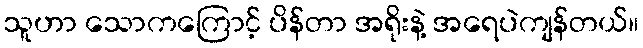
သူဟာ သောကကြောင့် ပိန်တာ အရိုးနဲ့ အရေပဲကျန်တယ်။